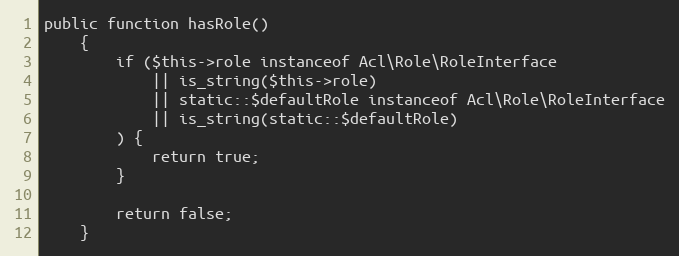
Language: PHP
public function hasRole()
    {
        if ($this->role instanceof Acl\Role\RoleInterface
            || is_string($this->role)
            || static::$defaultRole instanceof Acl\Role\RoleInterface
            || is_string(static::$defaultRole)
        ) {
            return true;
        }

        return false;
    }